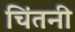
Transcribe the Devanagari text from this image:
चिंतनी